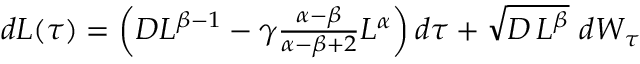
\begin{array} { r } { d L ( \tau ) = \left( D L ^ { \beta - 1 } - \gamma \frac { \alpha - \beta } { \alpha - \beta + 2 } L ^ { \alpha } \right) d \tau + \sqrt { D \, L ^ { \beta } } \ d W _ { \tau } } \end{array}